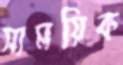
সাময়িক